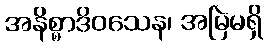
အနိစ္စာဒိဝသေန၊ အမြဲမရှိ